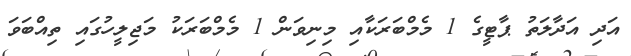
އަދި އަދާލަތު ޕާޓީގެ 1 މެމްބަރަކާއި މިނިވަން 1 މެމްބަރަކު މަޖިލީހުގައި ތިއްބަވަ